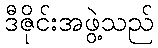
ဒီဇိုင်းအဖွဲ့သည်